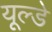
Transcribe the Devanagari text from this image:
यूल्डे